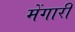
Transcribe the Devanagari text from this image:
मेंगारी